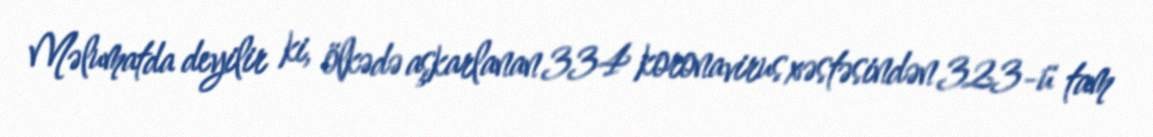
Məlumatda deyilir ki, ölkədə aşkarlanan 334 koronavirus xəstəsindən 323-ü tam